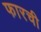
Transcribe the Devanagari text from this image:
फारची